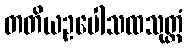
တတိယဥပေါသထသုတ္တံ